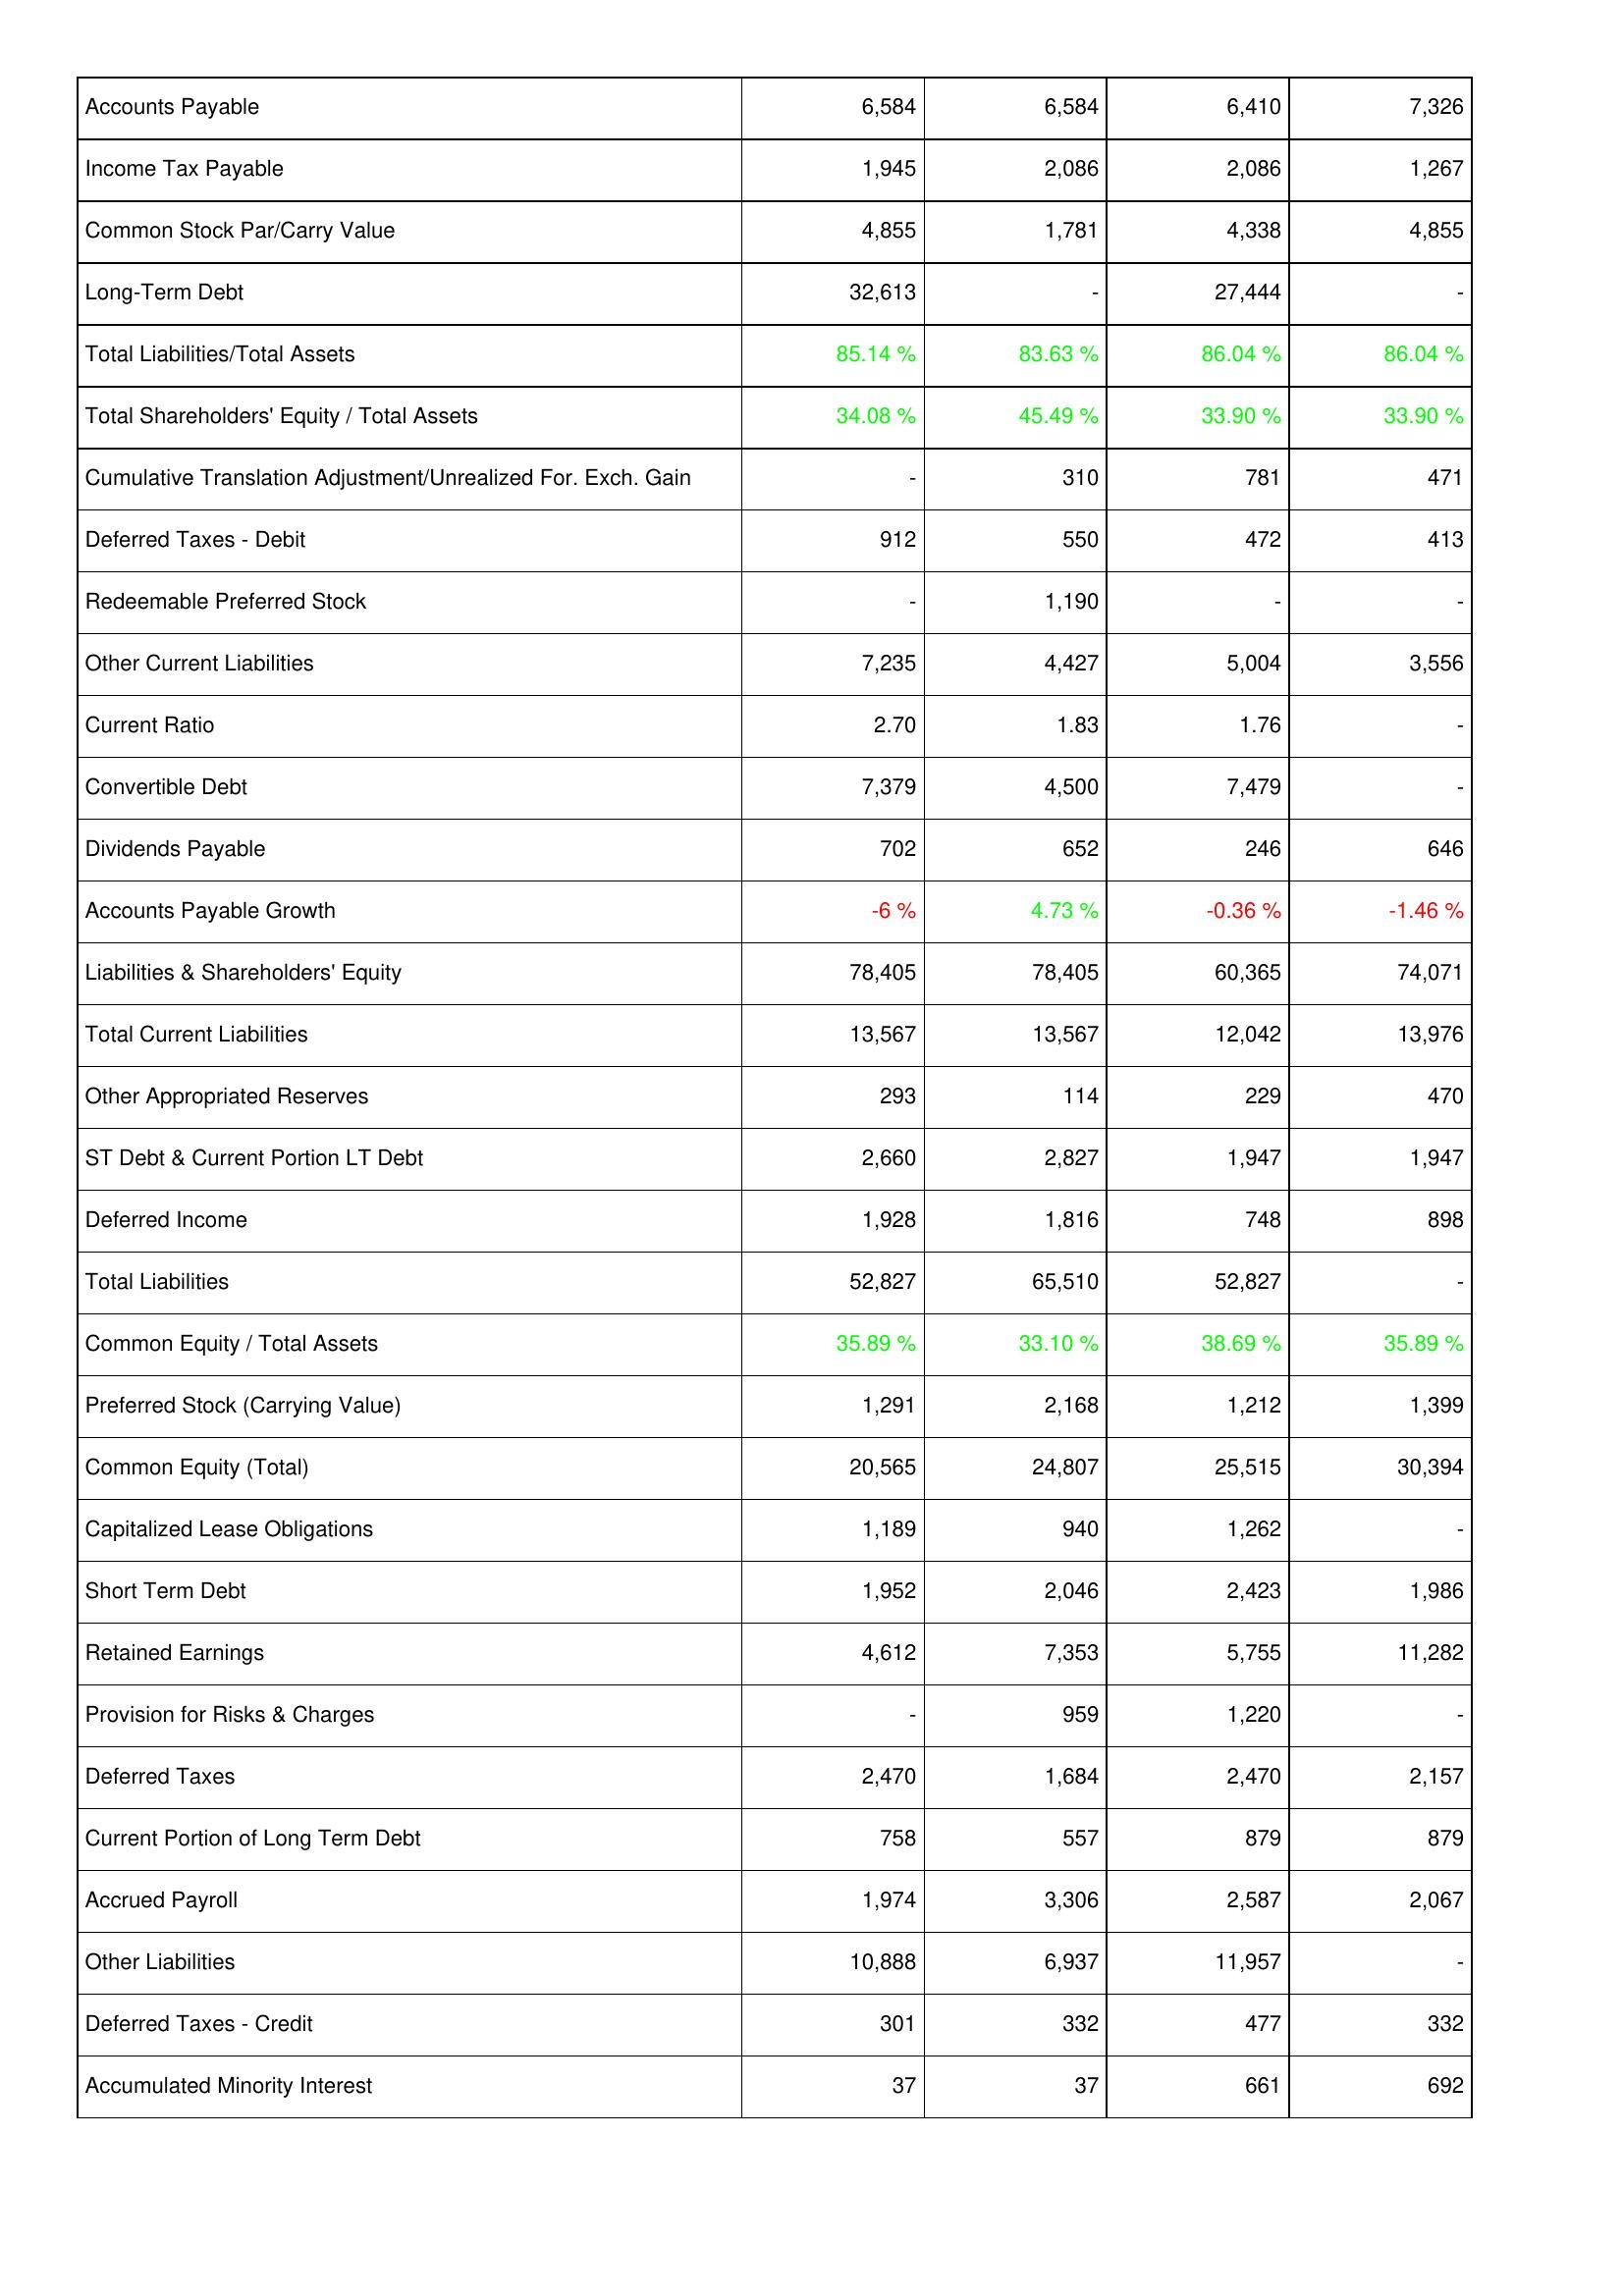
2010: Liabilities & Shareholders' Equity: Accounts Payable: 6,584
Income Tax Payable: 1,945
Common Stock Par/Carry Value: 4,855
Long-Term Debt: 32,613
Total Liabilities/Total Assets: 85.14 %
Total Shareholders' Equity / Total Assets: 34.08 %
Cumulative Translation Adjustment/Unrealized For. Exch. Gain: -
Deferred Taxes - Debit: 912
Redeemable Preferred Stock: -
Other Current Liabilities: 7,235
Current Ratio: 2.70
Convertible Debt: 7,379
Dividends Payable: 702
Accounts Payable Growth: -6 %
Liabilities & Shareholders' Equity: 78,405
Total Current Liabilities: 13,567
Other Appropriated Reserves: 293
ST Debt & Current Portion LT Debt: 2,660
Deferred Income: 1,928
Total Liabilities: 52,827
Common Equity / Total Assets: 35.89 %
Preferred Stock (Carrying Value): 1,291
Common Equity (Total): 20,565
Capitalized Lease Obligations: 1,189
Short Term Debt: 1,952
Retained Earnings: 4,612
Provision for Risks & Charges: -
Deferred Taxes: 2,470
Current Portion of Long Term Debt: 758
Accrued Payroll: 1,974
Other Liabilities: 10,888
Deferred Taxes - Credit: 301
Accumulated Minority Interest: 37
2009: Liabilities & Shareholders' Equity: Accounts Payable: 6,584
Income Tax Payable: 2,086
Common Stock Par/Carry Value: 1,781
Long-Term Debt: -
Total Liabilities/Total Assets: 83.63 %
Total Shareholders' Equity / Total Assets: 45.49 %
Cumulative Translation Adjustment/Unrealized For. Exch. Gain: 310
Deferred Taxes - Debit: 550
Redeemable Preferred Stock: 1,190
Other Current Liabilities: 4,427
Current Ratio: 1.83
Convertible Debt: 4,500
Dividends Payable: 652
Accounts Payable Growth: 4.73 %
Liabilities & Shareholders' Equity: 78,405
Total Current Liabilities: 13,567
Other Appropriated Reserves: 114
ST Debt & Current Portion LT Debt: 2,827
Deferred Income: 1,816
Total Liabilities: 65,510
Common Equity / Total Assets: 33.10 %
Preferred Stock (Carrying Value): 2,168
Common Equity (Total): 24,807
Capitalized Lease Obligations: 940
Short Term Debt: 2,046
Retained Earnings: 7,353
Provision for Risks & Charges: 959
Deferred Taxes: 1,684
Current Portion of Long Term Debt: 557
Accrued Payroll: 3,306
Other Liabilities: 6,937
Deferred Taxes - Credit: 332
Accumulated Minority Interest: 37
2008: Liabilities & Shareholders' Equity: Accounts Payable: 6,410
Income Tax Payable: 2,086
Common Stock Par/Carry Value: 4,338
Long-Term Debt: 27,444
Total Liabilities/Total Assets: 86.04 %
Total Shareholders' Equity / Total Assets: 33.90 %
Cumulative Translation Adjustment/Unrealized For. Exch. Gain: 781
Deferred Taxes - Debit: 472
Redeemable Preferred Stock: -
Other Current Liabilities: 5,004
Current Ratio: 1.76
Convertible Debt: 7,479
Dividends Payable: 246
Accounts Payable Growth: -0.36 %
Liabilities & Shareholders' Equity: 60,365
Total Current Liabilities: 12,042
Other Appropriated Reserves: 229
ST Debt & Current Portion LT Debt: 1,947
Deferred Income: 748
Total Liabilities: 52,827
Common Equity / Total Assets: 38.69 %
Preferred Stock (Carrying Value): 1,212
Common Equity (Total): 25,515
Capitalized Lease Obligations: 1,262
Short Term Debt: 2,423
Retained Earnings: 5,755
Provision for Risks & Charges: 1,220
Deferred Taxes: 2,470
Current Portion of Long Term Debt: 879
Accrued Payroll: 2,587
Other Liabilities: 11,957
Deferred Taxes - Credit: 477
Accumulated Minority Interest: 661
2007: Liabilities & Shareholders' Equity: Accounts Payable: 7,326
Income Tax Payable: 1,267
Common Stock Par/Carry Value: 4,855
Long-Term Debt: -
Total Liabilities/Total Assets: 86.04 %
Total Shareholders' Equity / Total Assets: 33.90 %
Cumulative Translation Adjustment/Unrealized For. Exch. Gain: 471
Deferred Taxes - Debit: 413
Redeemable Preferred Stock: -
Other Current Liabilities: 3,556
Current Ratio: -
Convertible Debt: -
Dividends Payable: 646
Accounts Payable Growth: -1.46 %
Liabilities & Shareholders' Equity: 74,071
Total Current Liabilities: 13,976
Other Appropriated Reserves: 470
ST Debt & Current Portion LT Debt: 1,947
Deferred Income: 898
Total Liabilities: -
Common Equity / Total Assets: 35.89 %
Preferred Stock (Carrying Value): 1,399
Common Equity (Total): 30,394
Capitalized Lease Obligations: -
Short Term Debt: 1,986
Retained Earnings: 11,282
Provision for Risks & Charges: -
Deferred Taxes: 2,157
Current Portion of Long Term Debt: 879
Accrued Payroll: 2,067
Other Liabilities: -
Deferred Taxes - Credit: 332
Accumulated Minority Interest: 692